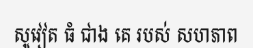
សូវៀត ធំ ជាង គេ របស់ សហភាព